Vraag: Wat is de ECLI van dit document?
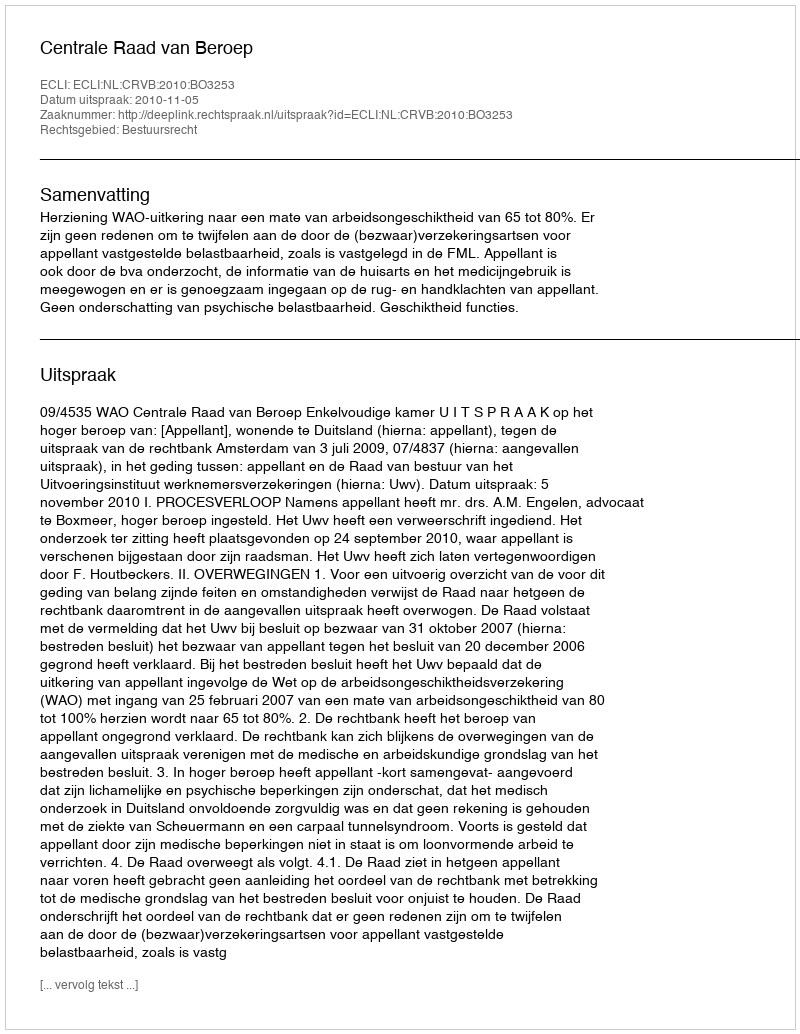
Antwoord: ECLI:NL:CRVB:2010:BO3253